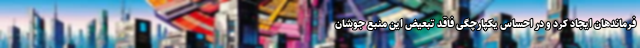
فرماند‌هان ایجاد کرد و در احساس یکپارچگی فاقد تبعیض این منبع جوشان